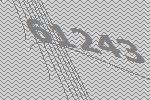
61243